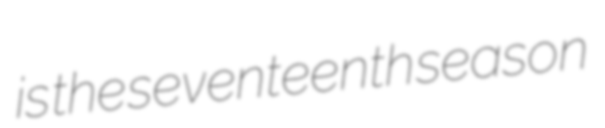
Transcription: is the seventeenth season